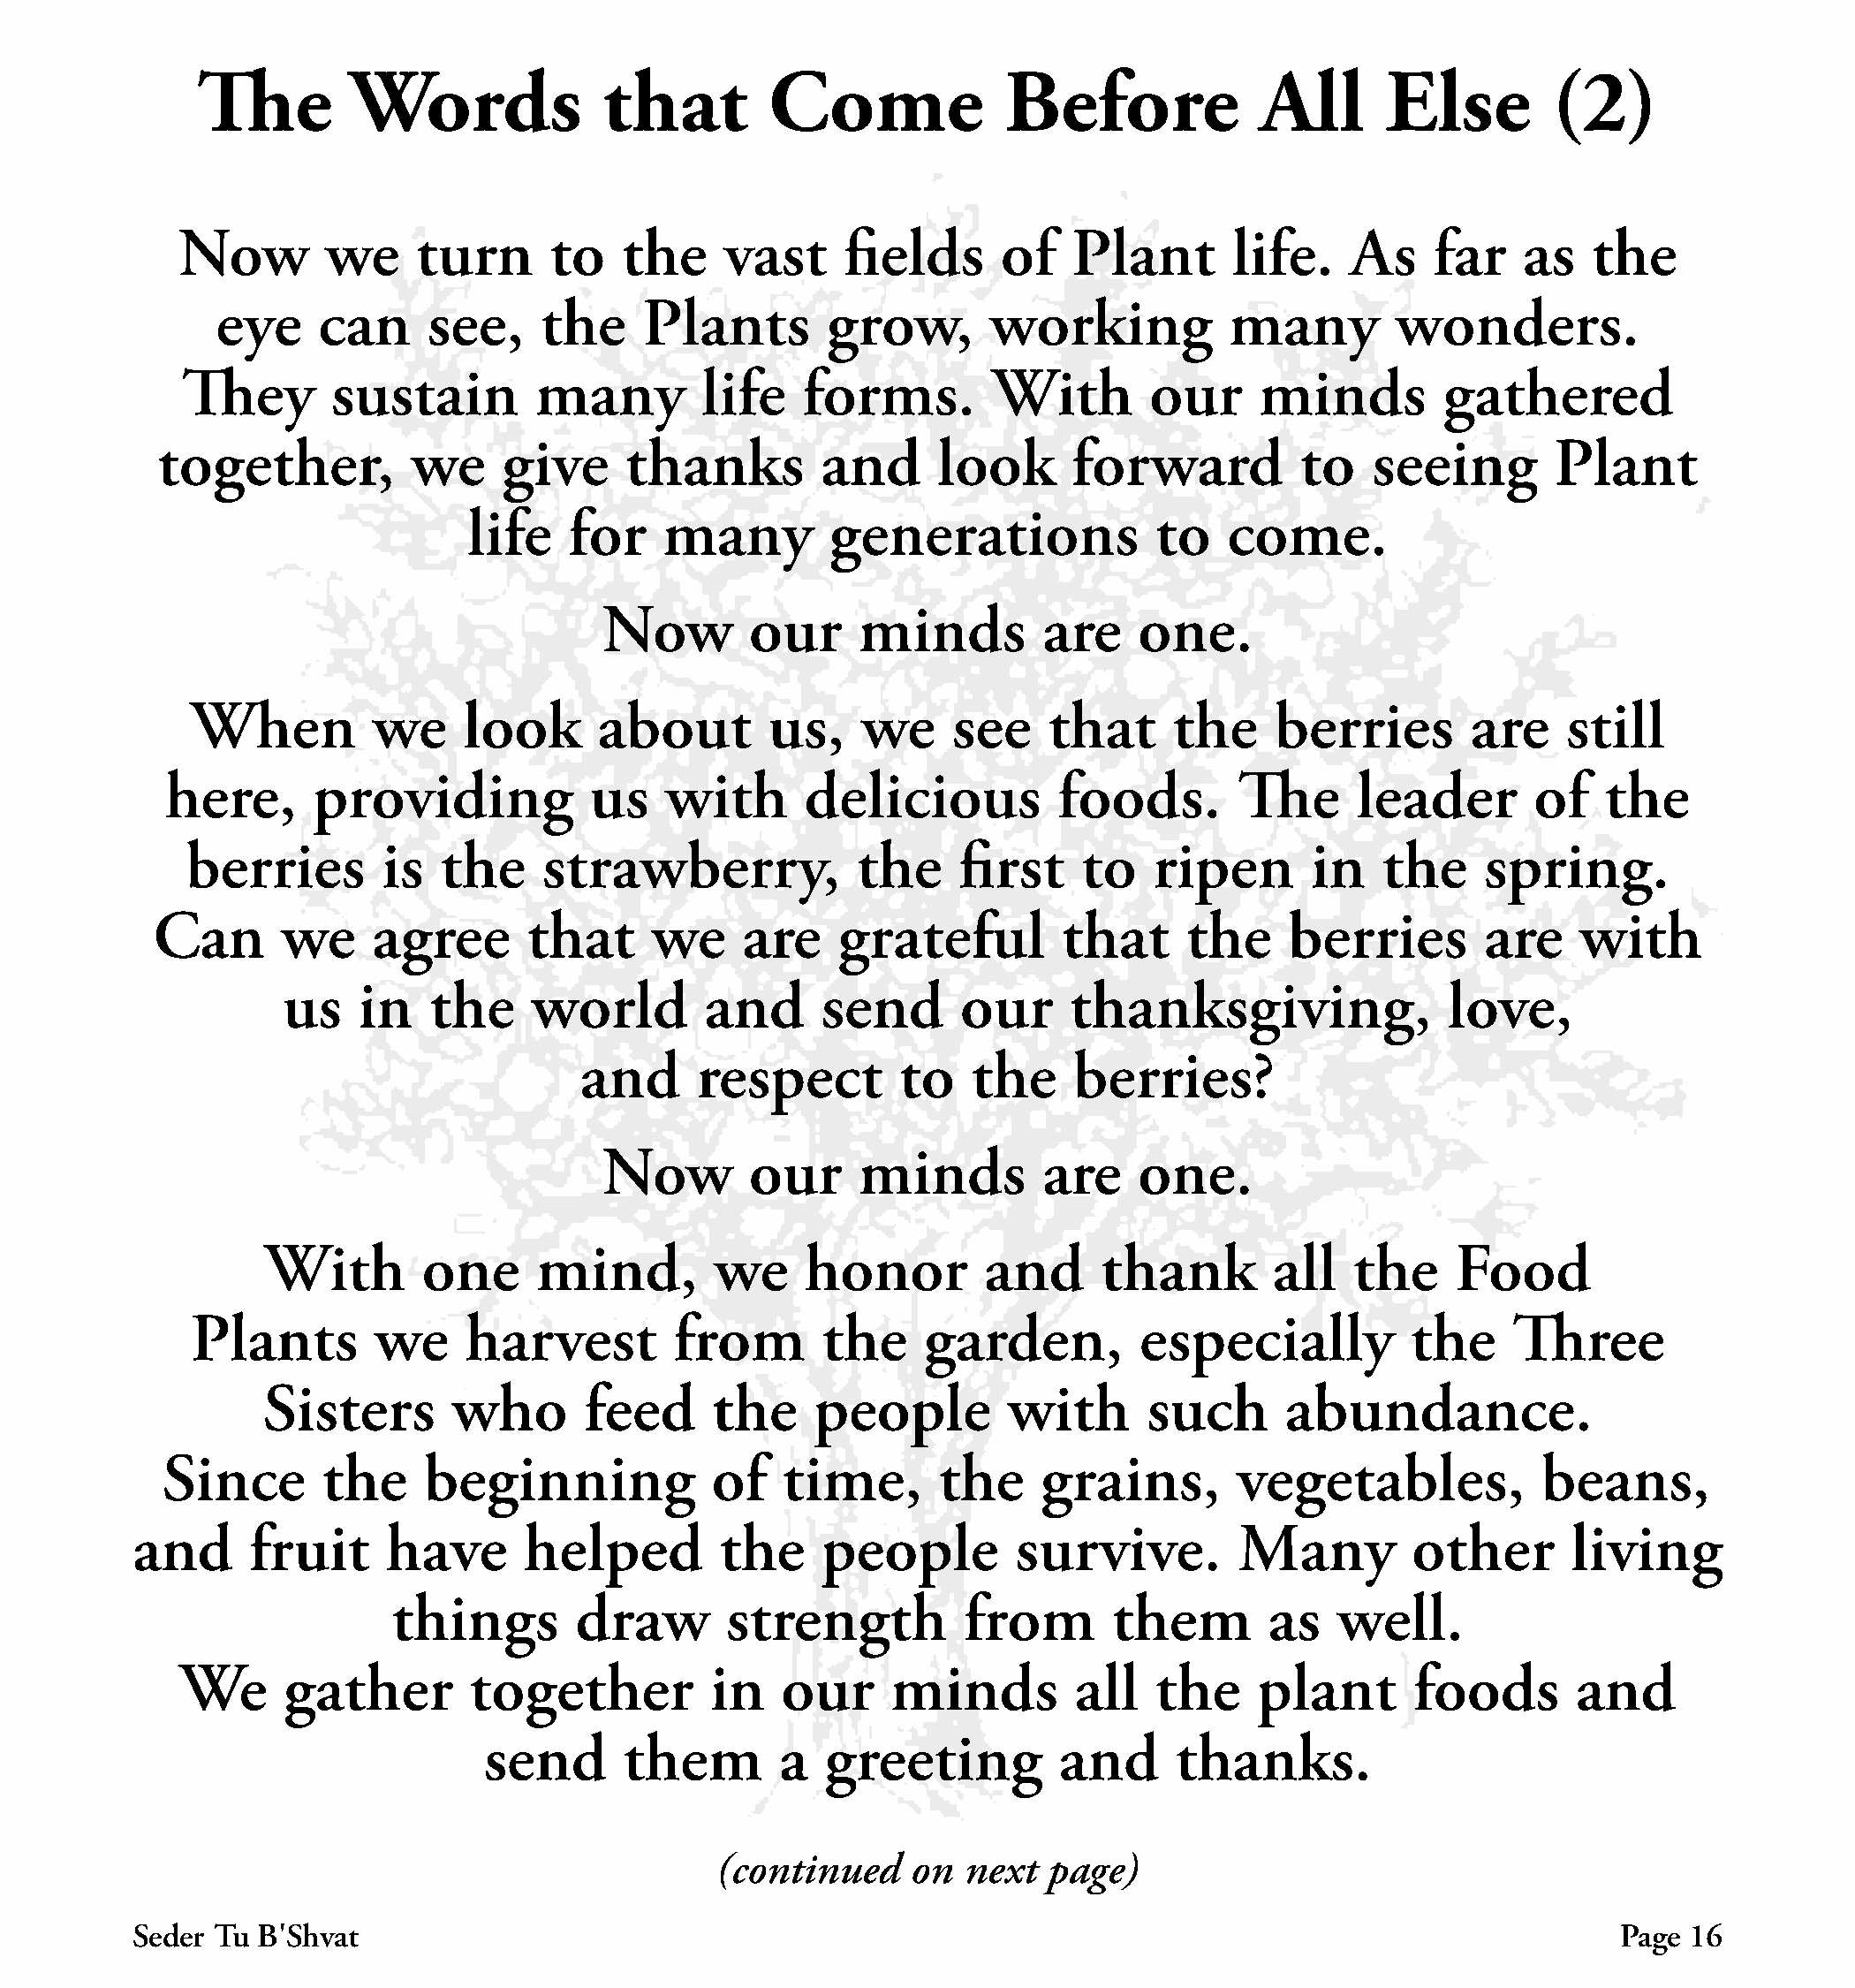
The        Words              that         Come             Before             All       Else        (2)
 Now        we     turn      to    the    vast     fields      of   Plant       life.    As    far    as   the
 eye     can     see,     the    Plants        grow,       working           many         wonders.
 They       sustain        many         life   forms.        With        our     minds         gathered
 together,          we     give     thanks         and     look      forward          to    seeing       Plant
 life    for    many        generations              to   come.
 Now        our     minds         are    one.
 When          we     look      about        us,    we    see     that     the     berries       are    still
 here,      providing            us    with      delicious          foods.        The      leader       of   the
 berries        is  the     strawberry,            the     first    to   ripen       in    the    spring.
 Can       we     agree      that      we     are    grateful         that     the     berries       are    with
 us    in   the     world        and      send      our     thanksgiving,                love,
 and      respect        to    the    berries?
 Now        our     minds         are    one.
 With        one     mind,         we    honor         and     thank        all   the     Food
 Plants        we     harvest        from        the    garden,         especially           the    Three
 Sisters       who       feed     the     people         with      such      abundance.
 Since       the     beginning            of    time,      the     grains,        vegetables,            beans,
 and      fruit     have      helped         the     people        survive.         Many         other       living
 things        draw       strength          from       them        as   well.
 We      gather        together          in    our     minds         all   the    plant       foods       and
 send       them       a   greeting         and      thanks.
 (continued    on  next   page)
 Seder Tu B׳Shvat                                                                                               Page  16